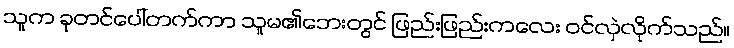
သူက ခုတင်ပေါ်တက်ကာ သူမ၏ဘေးတွင် ဖြည်းဖြည်းကလေး ဝင်လှဲလိုက်သည်။